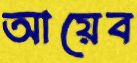
আয়েব